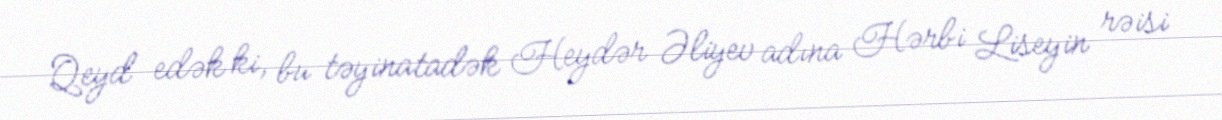
Qeyd edək ki, bu təyinatadək Heydər Əliyev adına Hərbi Liseyin rəisi